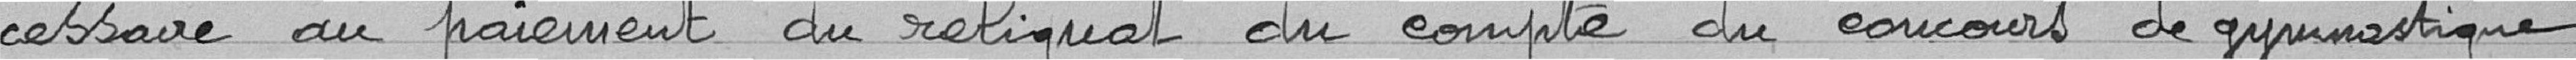
cessaire au paiement du reliquat du compte du concours de gymnastique